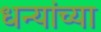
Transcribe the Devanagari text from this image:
धन्यांच्या